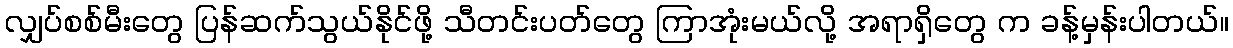
လျှပ်စစ်မီးတွေ ပြန်ဆက်သွယ်နိုင်ဖို့ သီတင်းပတ်တွေ ကြာအုံးမယ်လို့ အရာရှိတွေ က ခန့်မှန်းပါတယ်။